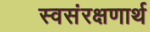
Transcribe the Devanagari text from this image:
स्वसंरक्षणार्थ